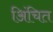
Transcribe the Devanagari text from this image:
अिंचित